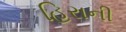
હિરાની